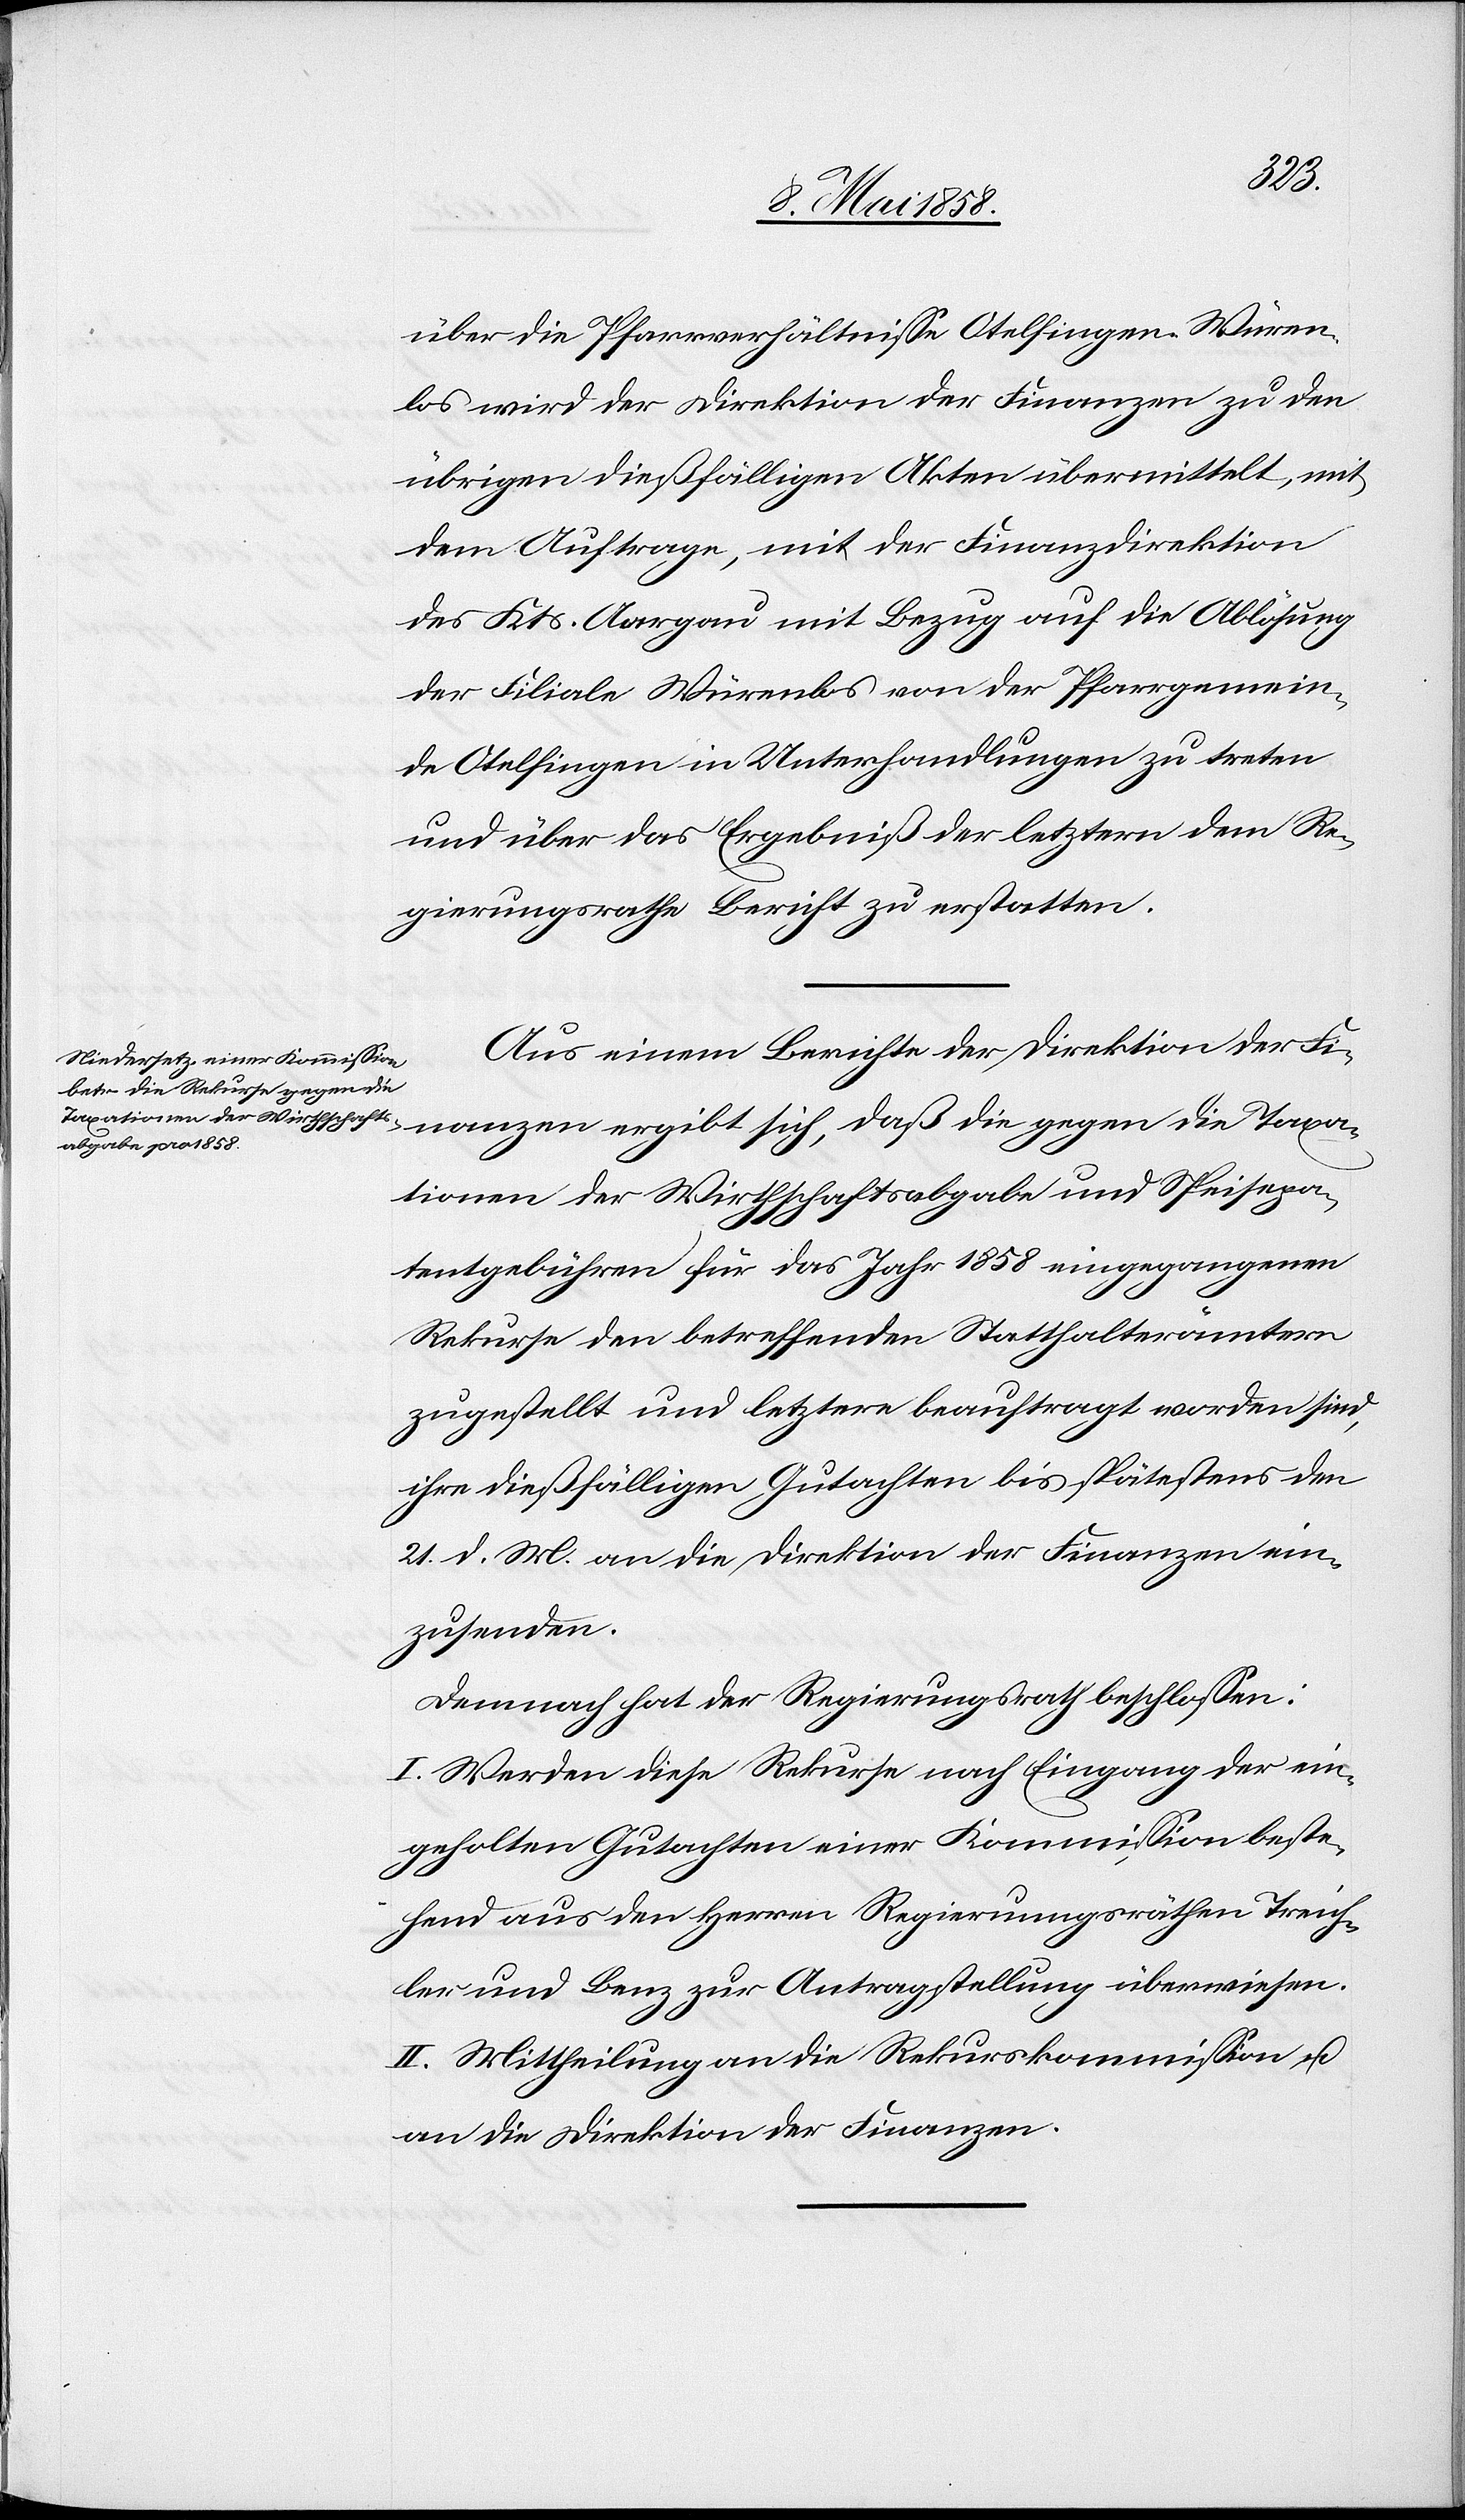
über die Pfarrverhältnisse Otelfingen-Würen¬
los wird der Direktion der Finanzen zu den
übrigen dießfälligen Akten übermittelt, mit
dem Auftrage, mit der Finanzdirektion
des Kts. Aargau mit Bezug auf die Ablösung
der Filiale Würenlos von der Pfarrgemein¬
de Otelfingen in Unterhandlungen zu treten
und über das Ergebniß der letztern dem Re¬
gierungsrathe Bericht zu erstatten.
Aus einem Bericht der Direktion der Fi¬
nanzen ergibt sich, daß die gegen die Taxa¬
tionen der Wirthschaftsabgabe und Speisepa¬
tentgebühren für das Jahr 1858 eingegangenen
Rekurse den betreffenden Statthalterämtern
zugestellt und letztere beauftragt worden sind,
ihre dießfälligen Gutachten bis spätestens den
21. d. Mts. an die Direktion der Finanzen ein¬
zusenden.
Demnach hat der Regierungsrath beschlossen:
I. Werden diese Rekurse nach Eingang der ein¬
geholten Gutachten einer Kommission beste¬
hend aus den Herren Regierungsräthen Treich¬
ler und Benz zur Antragstellung überwiesen.
II. Mittheilung an die Rekurskommission u.
an die Direktion der Finanzen.